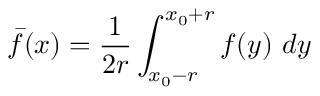
\bar { f } ( x ) = \frac { 1 } { 2 r } \int _ { x _ { 0 } - r } ^ { x _ { 0 } + r } f ( y ) \ d y